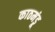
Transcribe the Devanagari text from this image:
काठमंडू